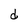
Character: d